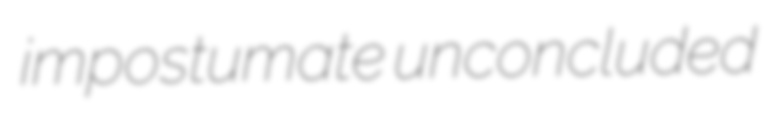
impostumate unconcluded